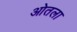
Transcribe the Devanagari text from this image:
ओतला